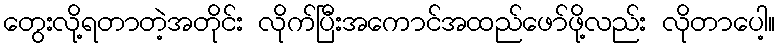
တွေးလို့ရတာတဲ့အတိုင်း လိုက်ပြီးအကောင်အထည်ဖော်ဖို့လည်း လိုတာပေါ့။